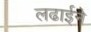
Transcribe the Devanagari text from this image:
लढाईने